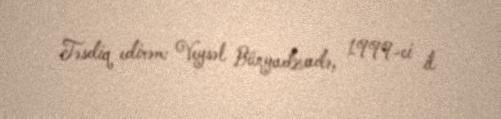
Təsdiq edirəm: Veysəl Bünyadzadə, 1999-ci il